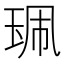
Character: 𰡿